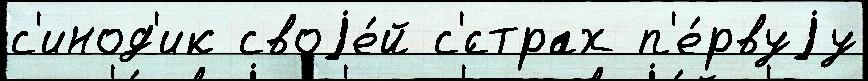
с'инод'ик своjе́й с'́страх п'е́рвуjу